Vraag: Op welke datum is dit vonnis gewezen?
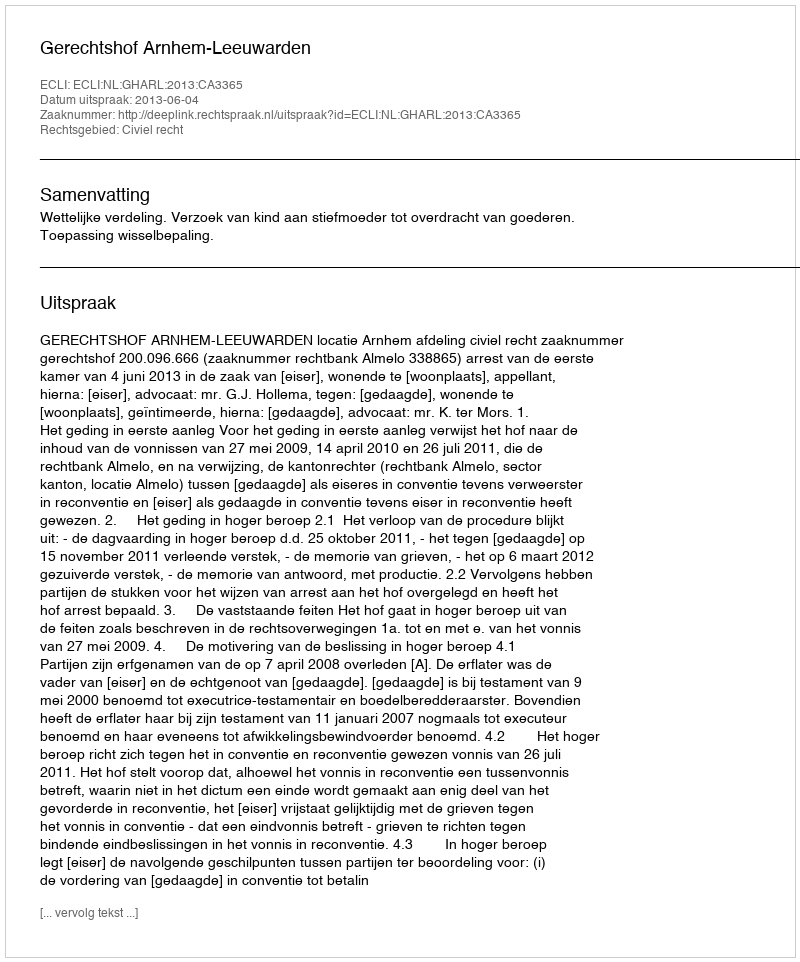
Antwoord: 2013-06-04